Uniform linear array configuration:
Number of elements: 64
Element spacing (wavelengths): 1
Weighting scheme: uniform
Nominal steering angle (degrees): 60
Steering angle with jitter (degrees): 58.389
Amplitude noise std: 0.05
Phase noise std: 0.05

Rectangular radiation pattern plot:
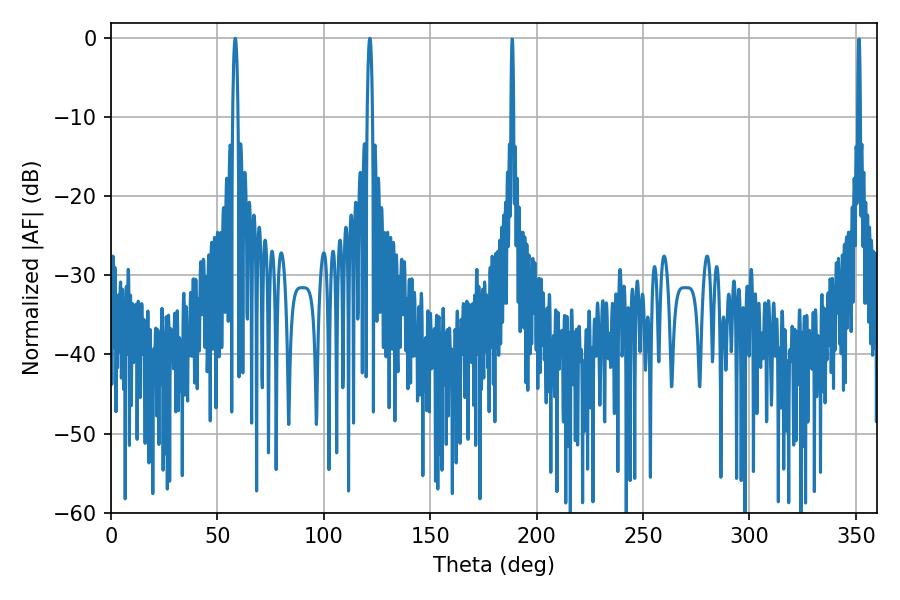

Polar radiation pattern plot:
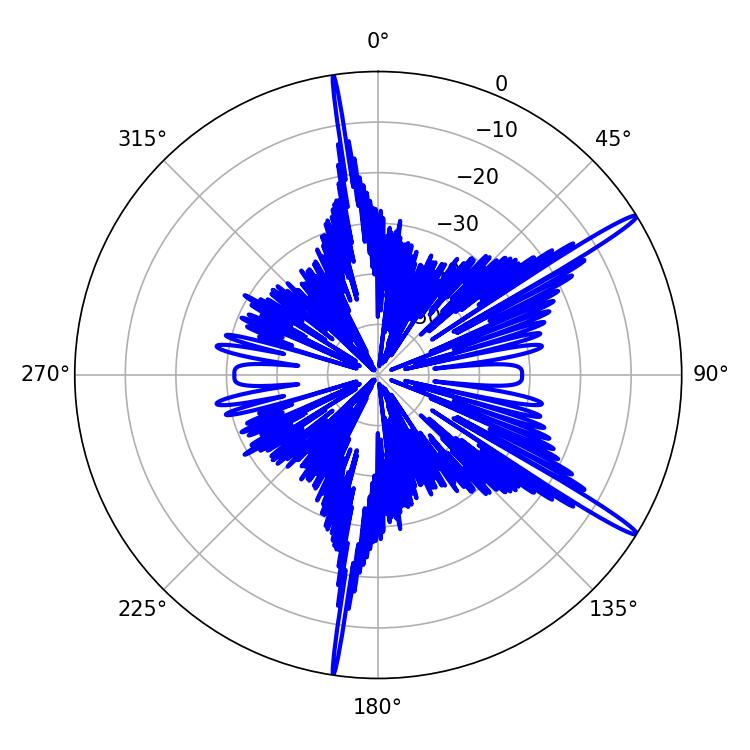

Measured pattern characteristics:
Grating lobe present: TRUE
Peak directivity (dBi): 16.396
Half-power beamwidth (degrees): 1.26
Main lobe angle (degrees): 58.32